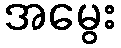
အမွေး